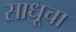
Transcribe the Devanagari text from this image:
साधूचा